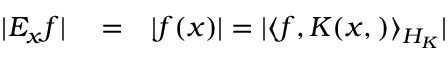
\begin{array} { r l r } { | { \cal { E } } _ { x } f | } & { { } = } & { | f ( x ) | = | \langle f , K ( x , ) \rangle _ { { \cal { H } } _ { K } } | } \end{array}